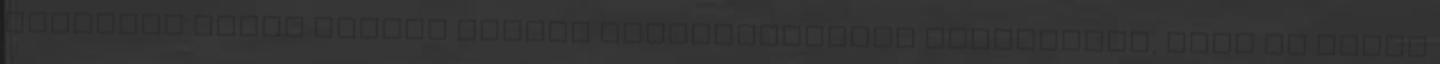
valamint Machu Picchu szemet gyönyörködtető romvárosát, mely az Andok